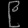
Digit: ၉